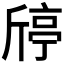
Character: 𣂴